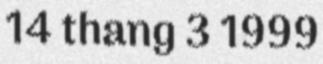
14 thang 3 1999